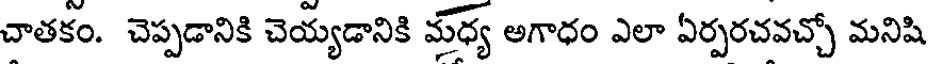
చాతకం. చెప్పడానికి చెయ్యడానికి మధ్య అగాధం ఎలా ఏర్పరచవచ్చో మనిషి